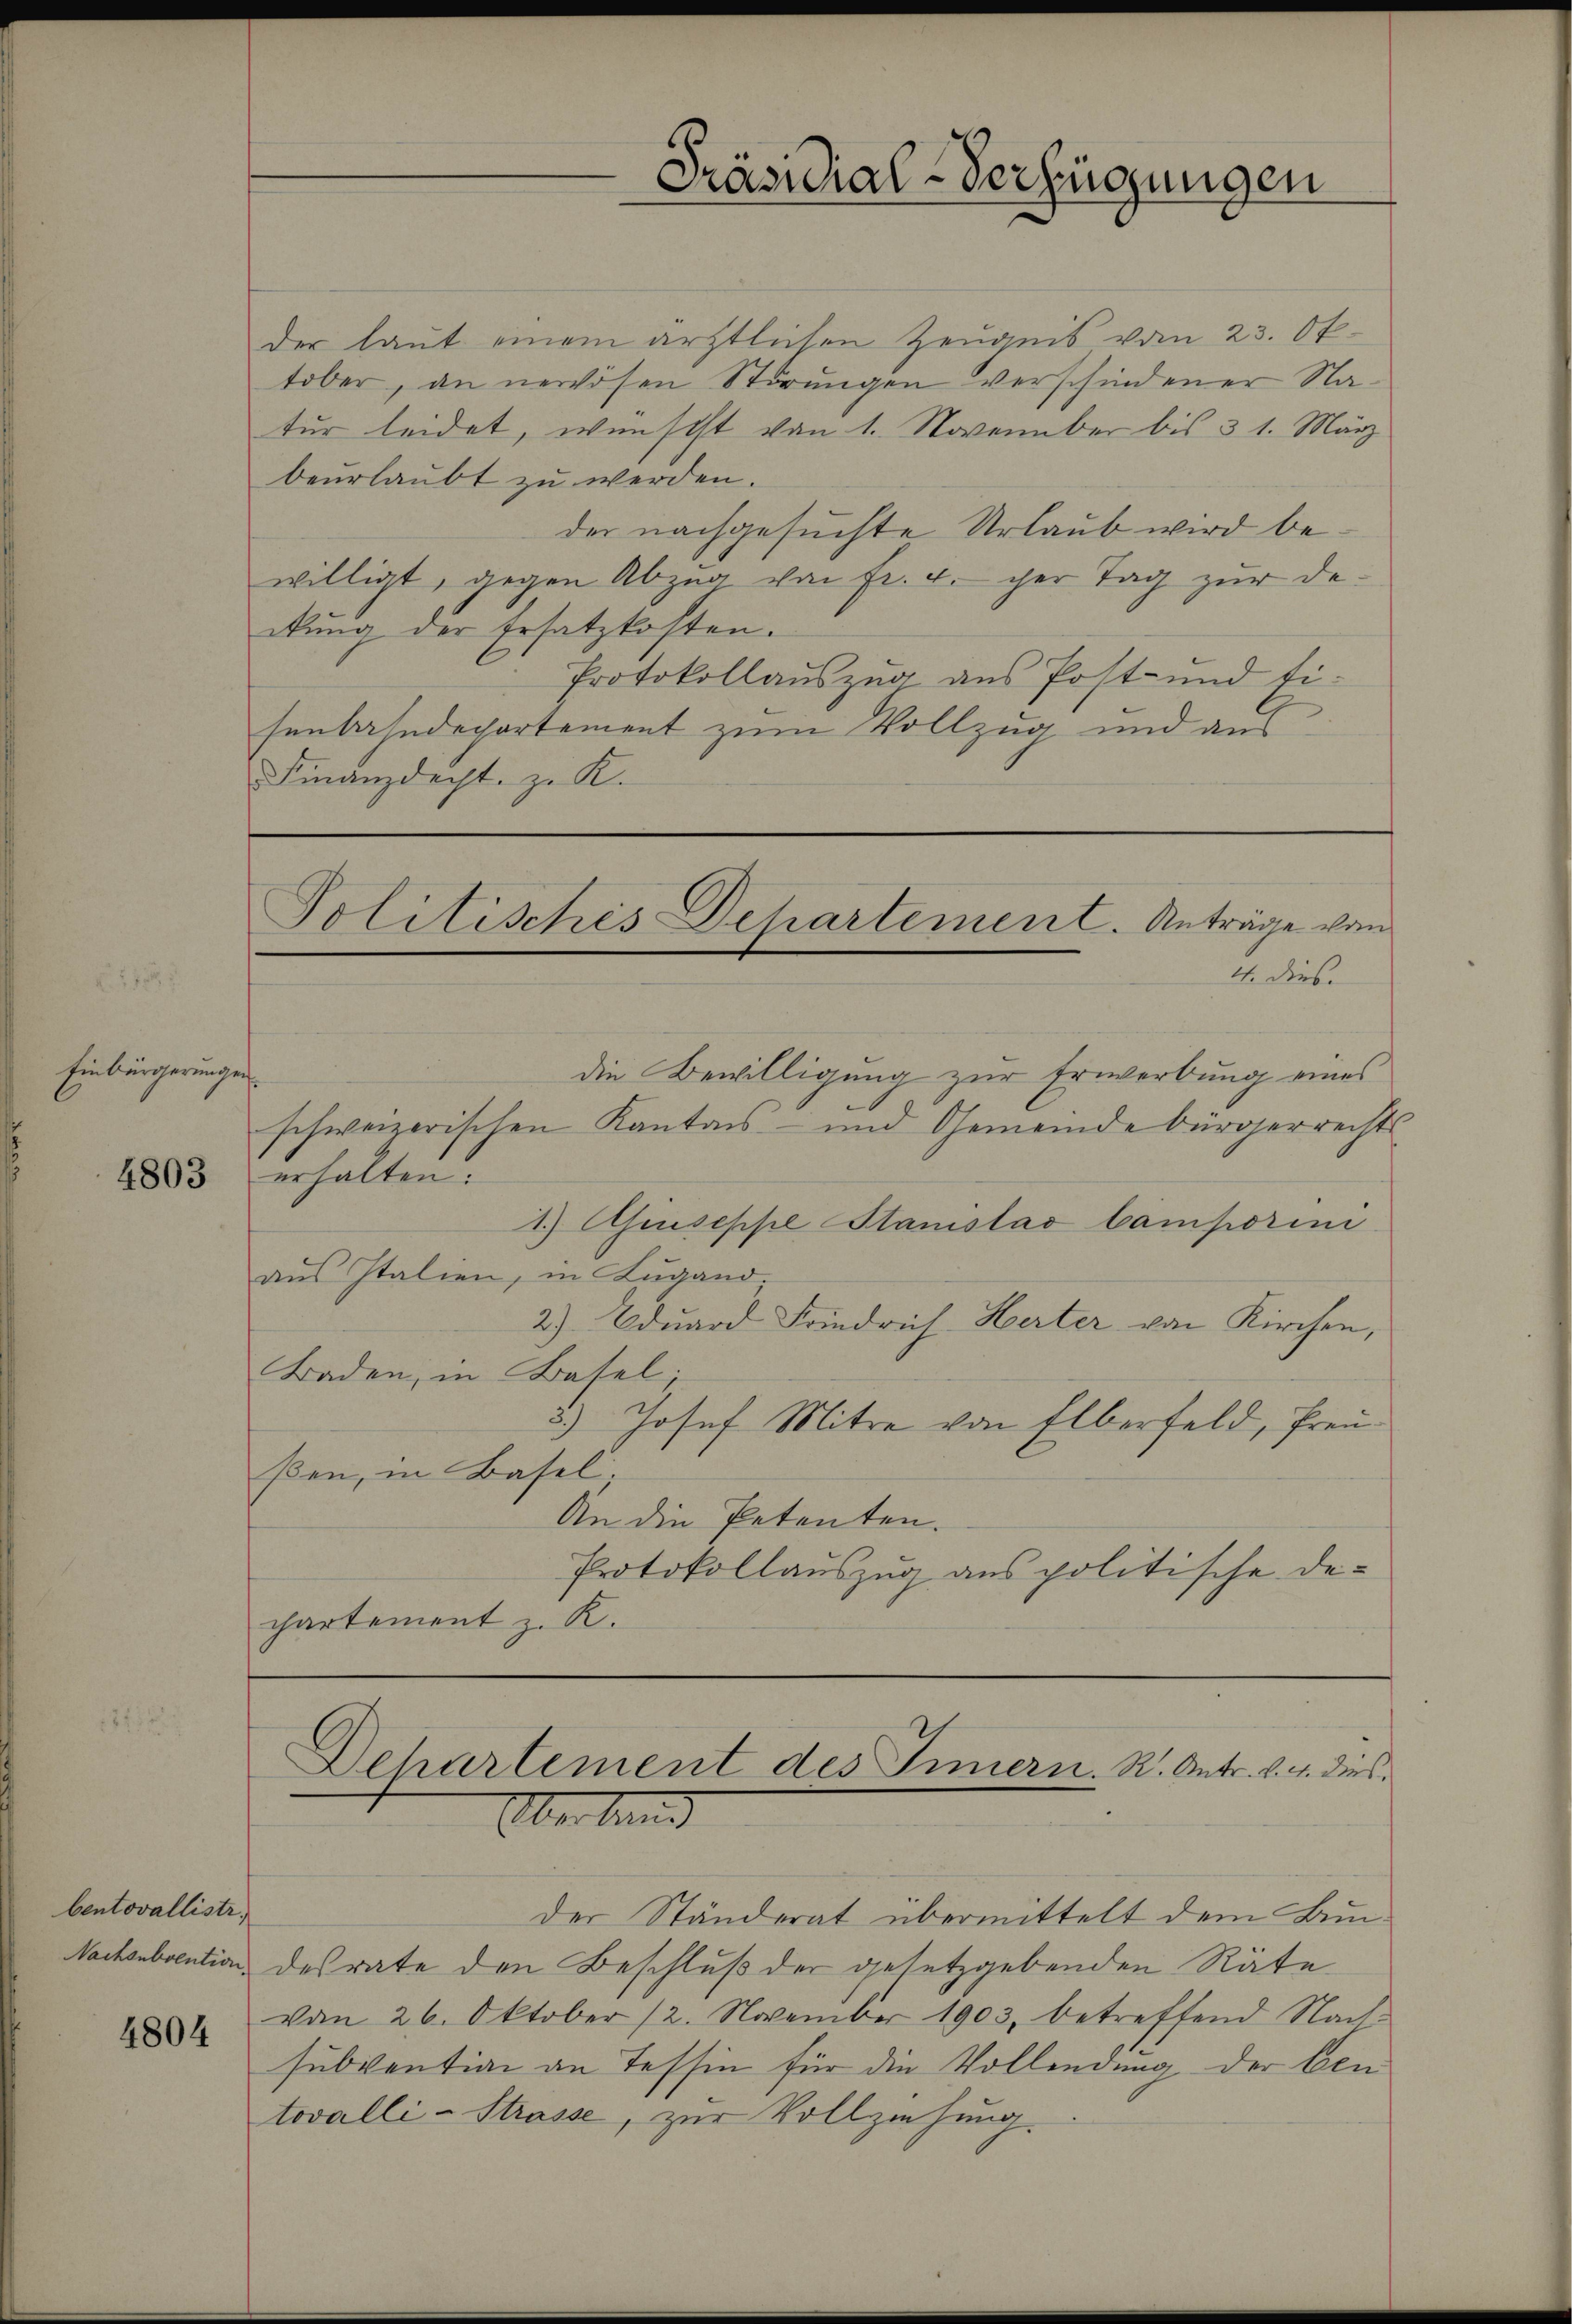
Einbrigerungen.

4803

bentovallistr.
Nachsubvention

4804

der laut einem ärztlichen Zeugnis vom 23. Oktober, an nervösen Störungen verschiedener Natur leidet, wünscht von 1. November bis 31. März
beurlaubt zu werden.
der nachgesuchte Urlaub wird bewilligt, gegen Abzŭg von fr. 4. per Tag zŭr de
ckung der Ersatzkosten.
Protokollauszug aus Post- und fi-
senbahndepartement zum Vollzug und aus
Finanzdicht, z. K.

Präsidial-Verfügungen

Politisches Departement. Anträge vom
4. dies.

die Bewilligung zur Erwerbung eines
schweizerischen Kanton - und Gemeinde bürgerrechts
erhalten.
1) Giuseppe Stanislav Camporini
aus Italien, in Lugand
2) Eduard Friedrich-Herter von Kirchen,
Baden, in Basel;
3.) Josef Mitre von Elberfeld, Preußen, in Basel.
An die Petenten.
Protokollauszug aus politische Dechartement z. K.

Dehartement des Innern. R. Antr. d. 4. dies
Überband

der Ständerat übermittelt dem Bundesrate den Beschluß der gesetzgebenden Räte
vom 26. Oktober 12. November 1903, betreffend Nach-
subvention an Tessin für die Vollendung der ben
tovalli-Strasse, zur Vollziehung.